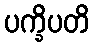
ပက္ခိပတိ